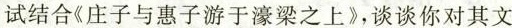
试结合《庄子与惠子与濠梁之上》，谈谈你对其文